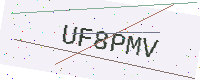
Text: UF8PMV